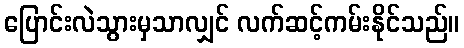
ပြောင်းလဲသွားမှသာလျှင် လက်ဆင့်ကမ်းနိုင်သည်။